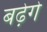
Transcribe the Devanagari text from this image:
बढ़ेगे